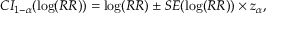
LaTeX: C I _ { 1 - \alpha } ( \log ( R R ) ) = \log ( R R ) \pm S E ( \log ( R R ) ) \times z _ { \alpha } ,